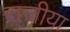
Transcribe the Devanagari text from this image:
राजीया